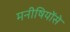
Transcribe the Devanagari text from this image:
मनीषियोंसे